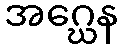
အဂ္ဃေန